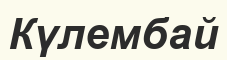
Күлембай